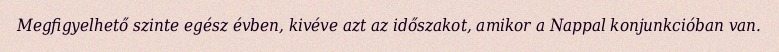
Megfigyelhető szinte egész évben, kivéve azt az időszakot, amikor a Nappal konjunkcióban van.